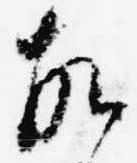
故